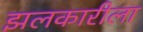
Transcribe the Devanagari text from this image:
झलकारीला